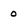
Character: 0